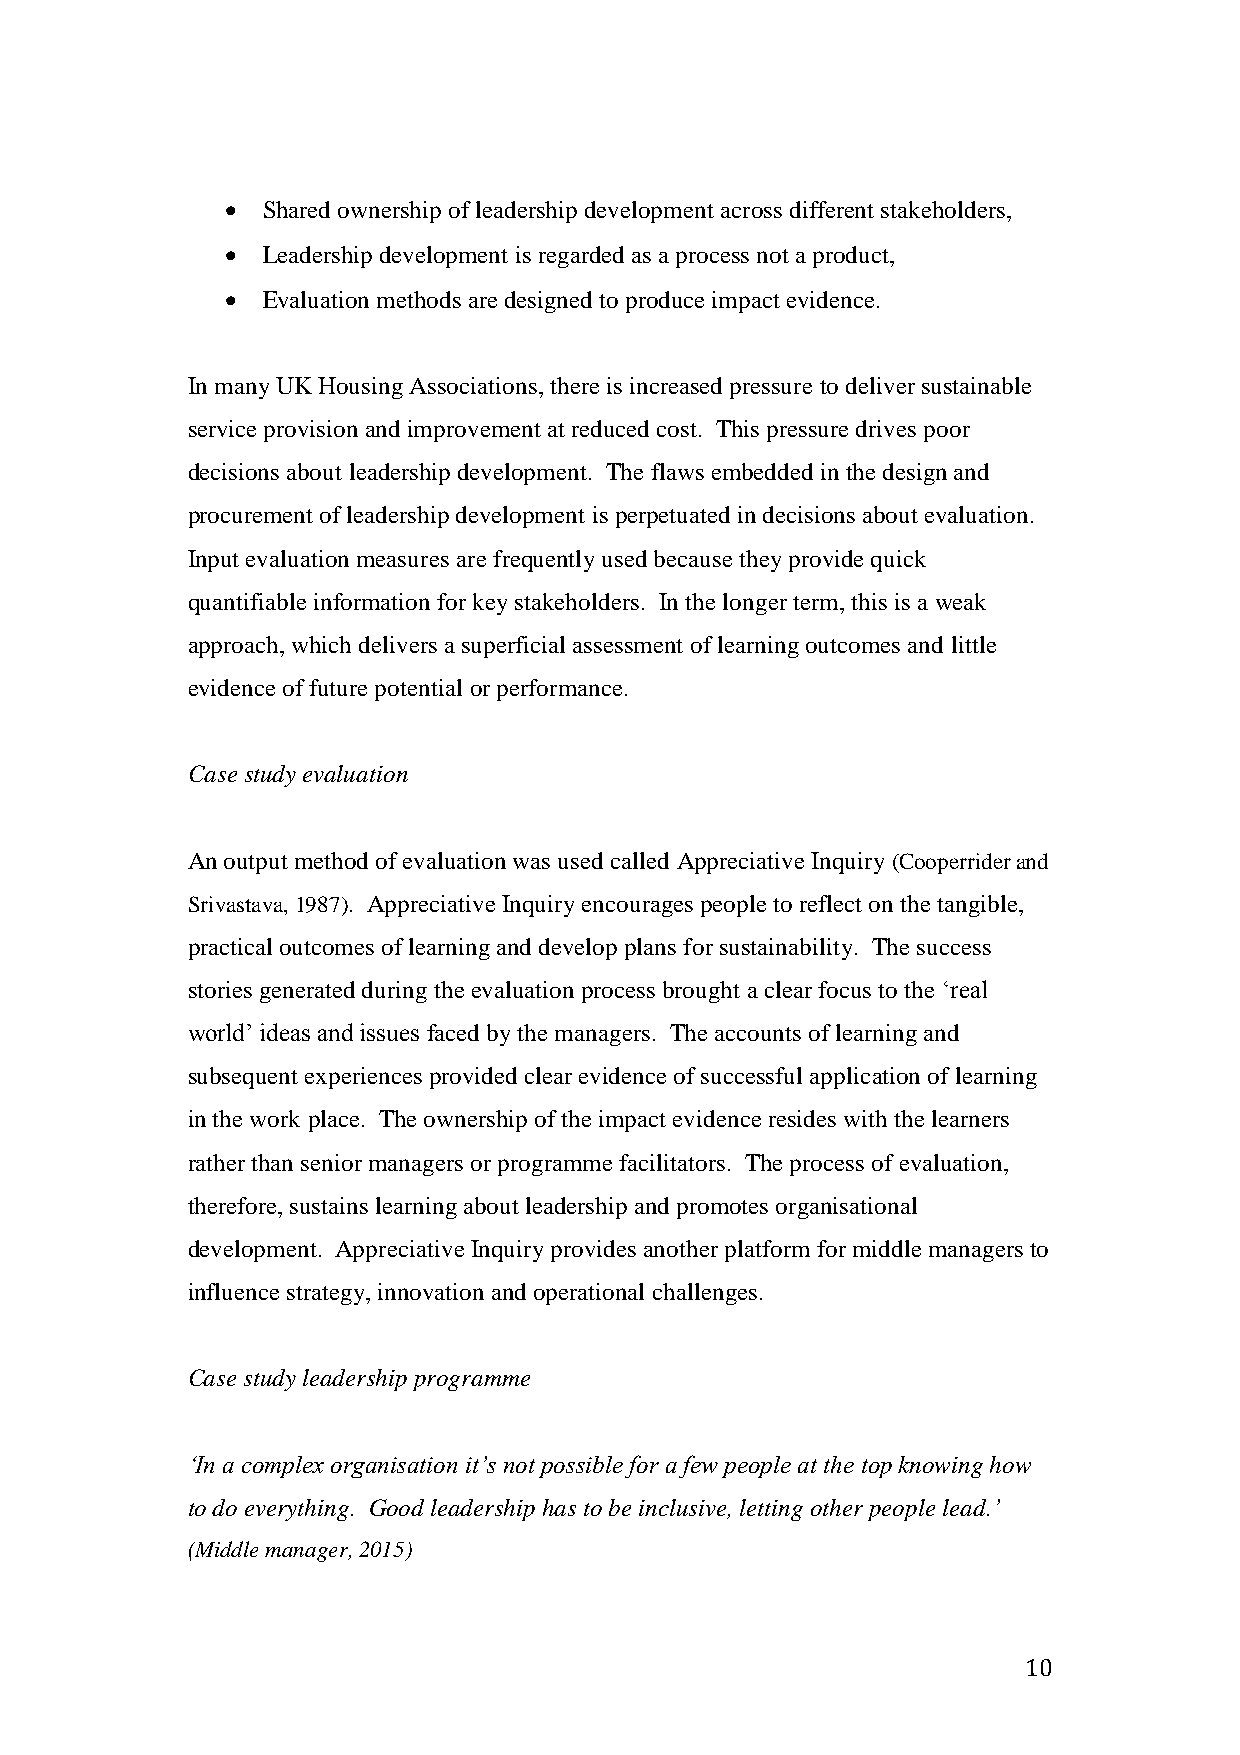
 Shared ownership of leadership development across different stakeholders,
  Leadership development is regarded as a process not a product,
  Evaluation methods are designed to produce impact evidence.
 In many UK Housing Associations, there is increased pressure to deliver sustainable
 service provision and improvement at reduced cost. This pressure drives poor
 decisions about leadership development. The flaws embedded in the design and
 procurement of leadership development is perpetuated in decisions about evaluation.
 Input evaluation measures are frequently used because they provide quick
 quantifiable information for key stakeholders. In the longer term, this is a weak
 approach, which delivers a superficial assessment of learning outcomes and little
 evidence of future potential or performance.
 Case study evaluation
 An output method of evaluation was used called Appreciative Inquiry (Cooperrider and
 Srivastava, 1987). Appreciative Inquiry encourages people to reflect on the tangible,
 practical outcomes of learning and develop plans for sustainability. The success
 stories generated during the evaluation process brought a clear focus to the ‘real
 world’ ideas and issues faced by the managers. The accounts of learning and
 subsequent experiences provided clear evidence of successful application of learning
 in the work place. The ownership of the impact evidence resides with the learners
 rather than senior managers or programme facilitators. The process of evaluation,
 therefore, sustains learning about leadership and promotes organisational
 development. Appreciative Inquiry provides another platform for middle managers to
 influence strategy, innovation and operational challenges.
 Case study leadership programme
 ‘In a complex organisation it’s not possible for a few people at the top knowing how
 to do everything. Good leadership has to be inclusive, letting other people lead.’
 (Middle manager, 2015)
 10